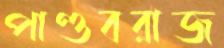
পাণ্ডবরাজ